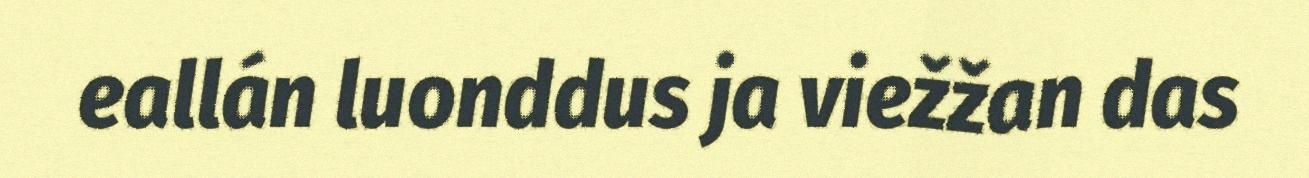
eallán luonddus ja viežžan das